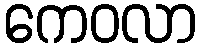
ကေဝလာ